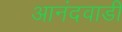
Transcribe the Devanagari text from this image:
आनंदवाडी